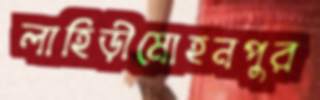
লাহিড়ীমোহনপুর